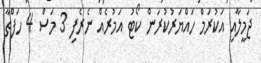
ޖަމީލާއި އަކުރަމް ހައްޔަރުކުރަން ކޯޓު އަމުރެއް ނެރެފި 3 މަސް 4 ހަފްތާ